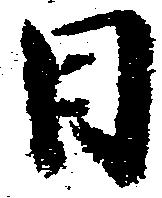
日